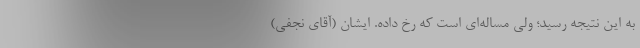
به این نتیجه رسید؛ ولی مساله‌ای است که رخ داده. ایشان (آقای نجفی)